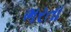
ભરતા